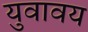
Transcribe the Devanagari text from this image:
युवावय